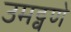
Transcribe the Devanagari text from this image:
उमट्वणे